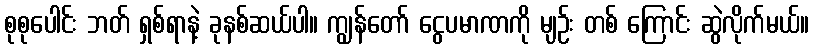
စုစုပေါင်း ဘတ် ရှစ်ရာနဲ့ ခုနစ်ဆယ်ပါ။ ကျွန်တော် ငွေပမာဏကို မျဉ်း တစ် ကြောင်း ဆွဲလိုက်မယ်။